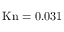
\mathrm { { K n = 0 . 0 3 1 } }